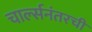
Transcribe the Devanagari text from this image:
चार्ल्सनंतरची